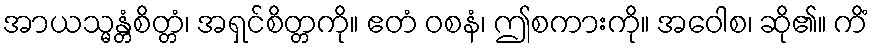
အာယသ္မန္တံစိတ္တံ၊ အရှင်စိတ္တကို။ ဧတံ ဝစနံ၊ ဤစကားကို။ အဝေါစ၊ ဆို၏။ ကိံ